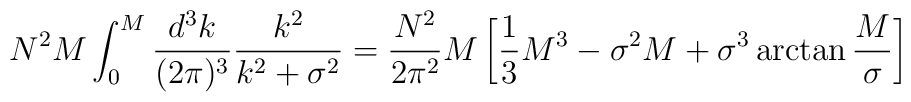
N^2M\int_0^M{d^3k\over (2\pi)^3}{k^2\over k^2+\sigma^2}={N^2\over 2\pi^2}M\left[{1\over 3}M^3-\sigma^2M+\sigma^3\arctan{M\over \sigma}\right]